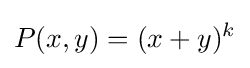
P(x,y)=(x+y)^{k}